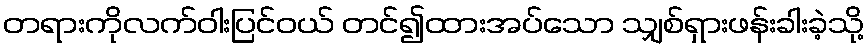
တရားကိုလက်ဝါးပြင်ဝယ် တင်၍ထားအပ်သော သျှစ်ရှားဖန်းခါးခဲ့သို့